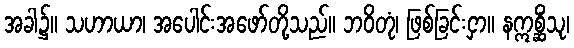
အခါ၌။ သဟာယာ၊ အပေါင်းအဖော်တို့သည်။ ဘဝိတုံ၊ ဖြစ်ခြင်းငှာ။ နဣစ္ဆိံသု၊